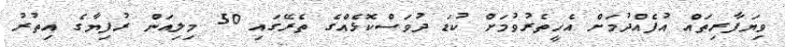
ވިޔަފާރިތައް އުފެއްދުމަށް އެހީތެރުވުމަށް ކުޑަ ދުވަސްކޮޅެއްގެ ތެރޭގައި 50 މިލިއަން ރުފިޔާގެ އިތުރު